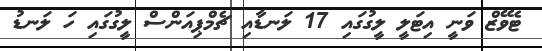
ޓެވޭޒް ވަނީ އިޓަލީ ލީގުގައި 17 ލަނޑާއި ޗެމްޕިއަންސް ލީގުގައި ހަ ލަނޑު